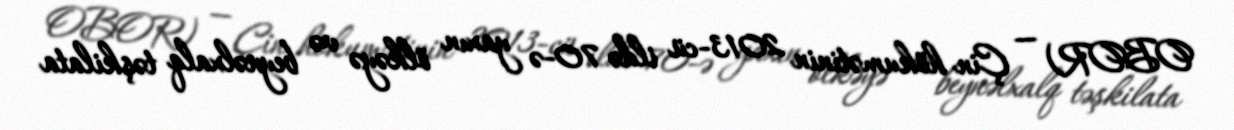
OBOR) — Çin hökumətinin 2013-cü ildə 70-ə yaxın ölkəyə və beynəlxalq təşkilata